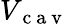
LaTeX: V_{\mathrm{~c~a~v~}}